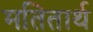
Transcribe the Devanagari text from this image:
मतितार्थ